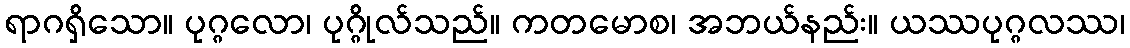
ရာဂရှိသော။ ပုဂ္ဂလော၊ ပုဂ္ဂိုလ်သည်။ ကတမောစ၊ အဘယ်နည်း။ ယဿပုဂ္ဂလဿ၊